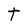
Character: t